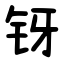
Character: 䥺